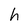
Character: h